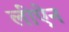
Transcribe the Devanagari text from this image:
लीऐन